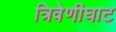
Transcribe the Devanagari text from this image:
त्रिवेणीघाट